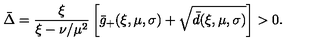
\bar { \Delta } = \frac { \xi } { \xi - \nu / \mu ^ { 2 } } \left[ \bar { g } _ { + } ( \xi , \mu , \sigma ) + \sqrt { \bar { d } ( \xi , \mu , \sigma ) } \right] > 0 .